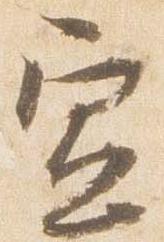
宣